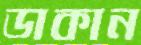
ডাকান